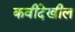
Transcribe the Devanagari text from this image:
कवीदेखील